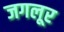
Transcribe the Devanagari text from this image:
जगलूर